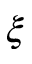
\xi